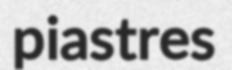
piastres